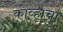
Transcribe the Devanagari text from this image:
काव्हाचा